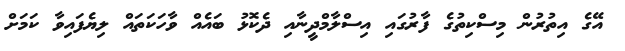
އޭގެ އިތުރުން މިސްކިތުގެ ފާރުގައި އިސްލާމްދީނާއި ދެކޮޅު ބައެއް ވާހަކަތައް ލިޔެފައިވާ ކަމަށް